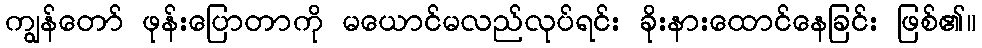
ကျွန်တော် ဖုန်းပြောတာကို မယောင်မလည်လုပ်ရင်း ခိုးနားထောင်နေခြင်း ဖြစ်၏။